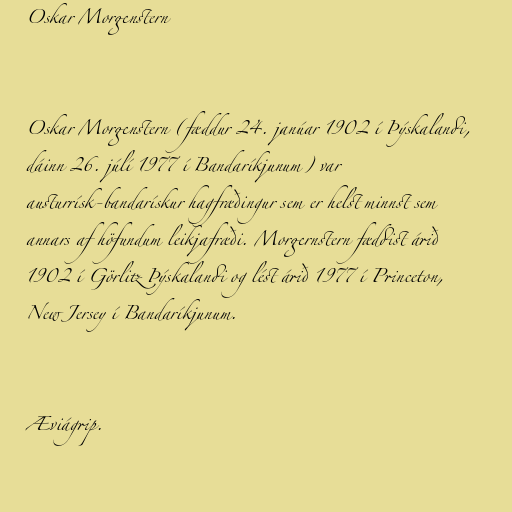
Oskar Morgenstern

Oskar Morgenstern (fæddur 24. janúar 1902 í Þýskalandi,
dáinn 26. júlí 1977 í Bandaríkjunum) var
austurrísk-bandarískur hagfræðingur sem er helst minnst sem
annars af höfundum leikjafræði. Morgernstern fæddist árið
1902 í Görlitz Þýskalandi og lést árið 1977 í Princeton,
New Jersey í Bandaríkjunum.

Æviágrip.